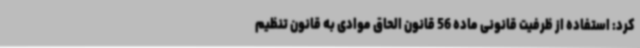
کرد: استفاده از ظرفیت قانونی ماده 56 قانون الحاق موادی به قانون تنظیم